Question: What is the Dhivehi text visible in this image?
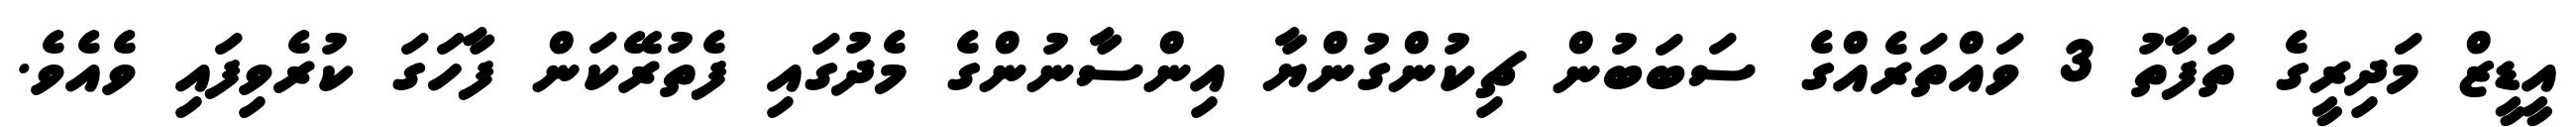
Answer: އީޑީޒް މަދިރީގެ ތަފާތު 3 ވައްތަރެއްގެ ސަބަބުން ޗިކުންގުންޔާ އިންސާނުންގެ މެދުގައި ފެތުރޭކަން ފާހަގަ ކުރެވިފައި ވެއެވެ.